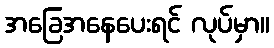
အခြေအနေပေးရင် လုပ်မှာ။